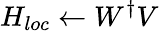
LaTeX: H_{loc}\leftarrow W^{\dagger}V